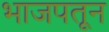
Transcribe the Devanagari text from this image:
भाजपतून